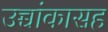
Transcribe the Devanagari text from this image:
उच्चांकासह